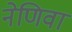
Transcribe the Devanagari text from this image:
नेणिवा